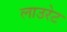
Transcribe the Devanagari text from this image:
लाउरेट